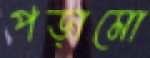
পড়ামো